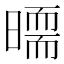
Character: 𣊵